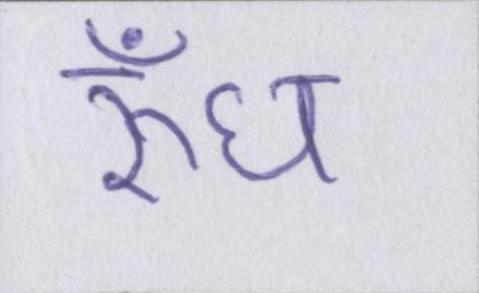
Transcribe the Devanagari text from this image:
रुँध